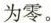
为零。